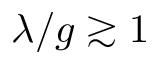
\lambda / g \gtrsim 1